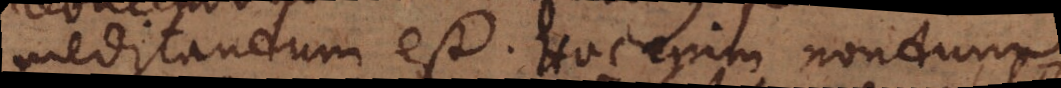
meditandum est. Hoc enim nondum